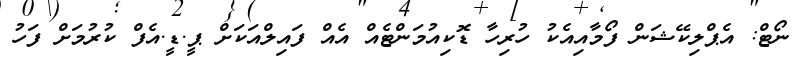
ނޯޓް: އެޕްލިކޭޝަން ފޯމާއިއެކު ހުރިހާ ޑޮކިއުމަންޓެއް އެއް ފައިލްއަކަށް ޕީ.ޑީ.އެފް ކުރުމަށް ފަހު